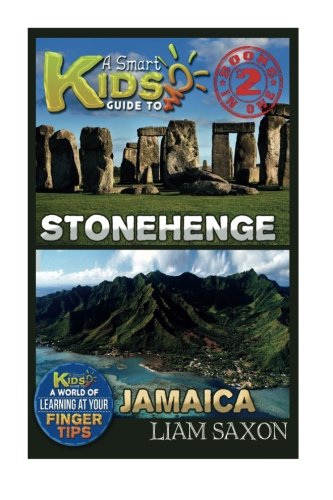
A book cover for A Smart Kids Guide To STONEHENGE AND JAMAICA: A World Of Learning At Your Fingertips; Liam Saxon; Travel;